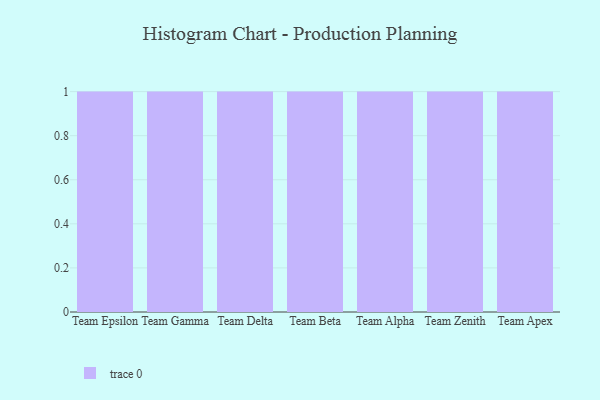
{"axis": {"x": "Team", "y": "Active Users"}, "legend": [""], "data": [{"x": "Team Epsilon", "y": 85, "type": ""}, {"x": "Team Gamma", "y": 1, "type": ""}, {"x": "Team Delta", "y": 26, "type": ""}, {"x": "Team Beta", "y": 7, "type": ""}, {"x": "Team Alpha", "y": 29, "type": ""}, {"x": "Team Zenith", "y": 44, "type": ""}, {"x": "Team Apex", "y": 65, "type": ""}]}